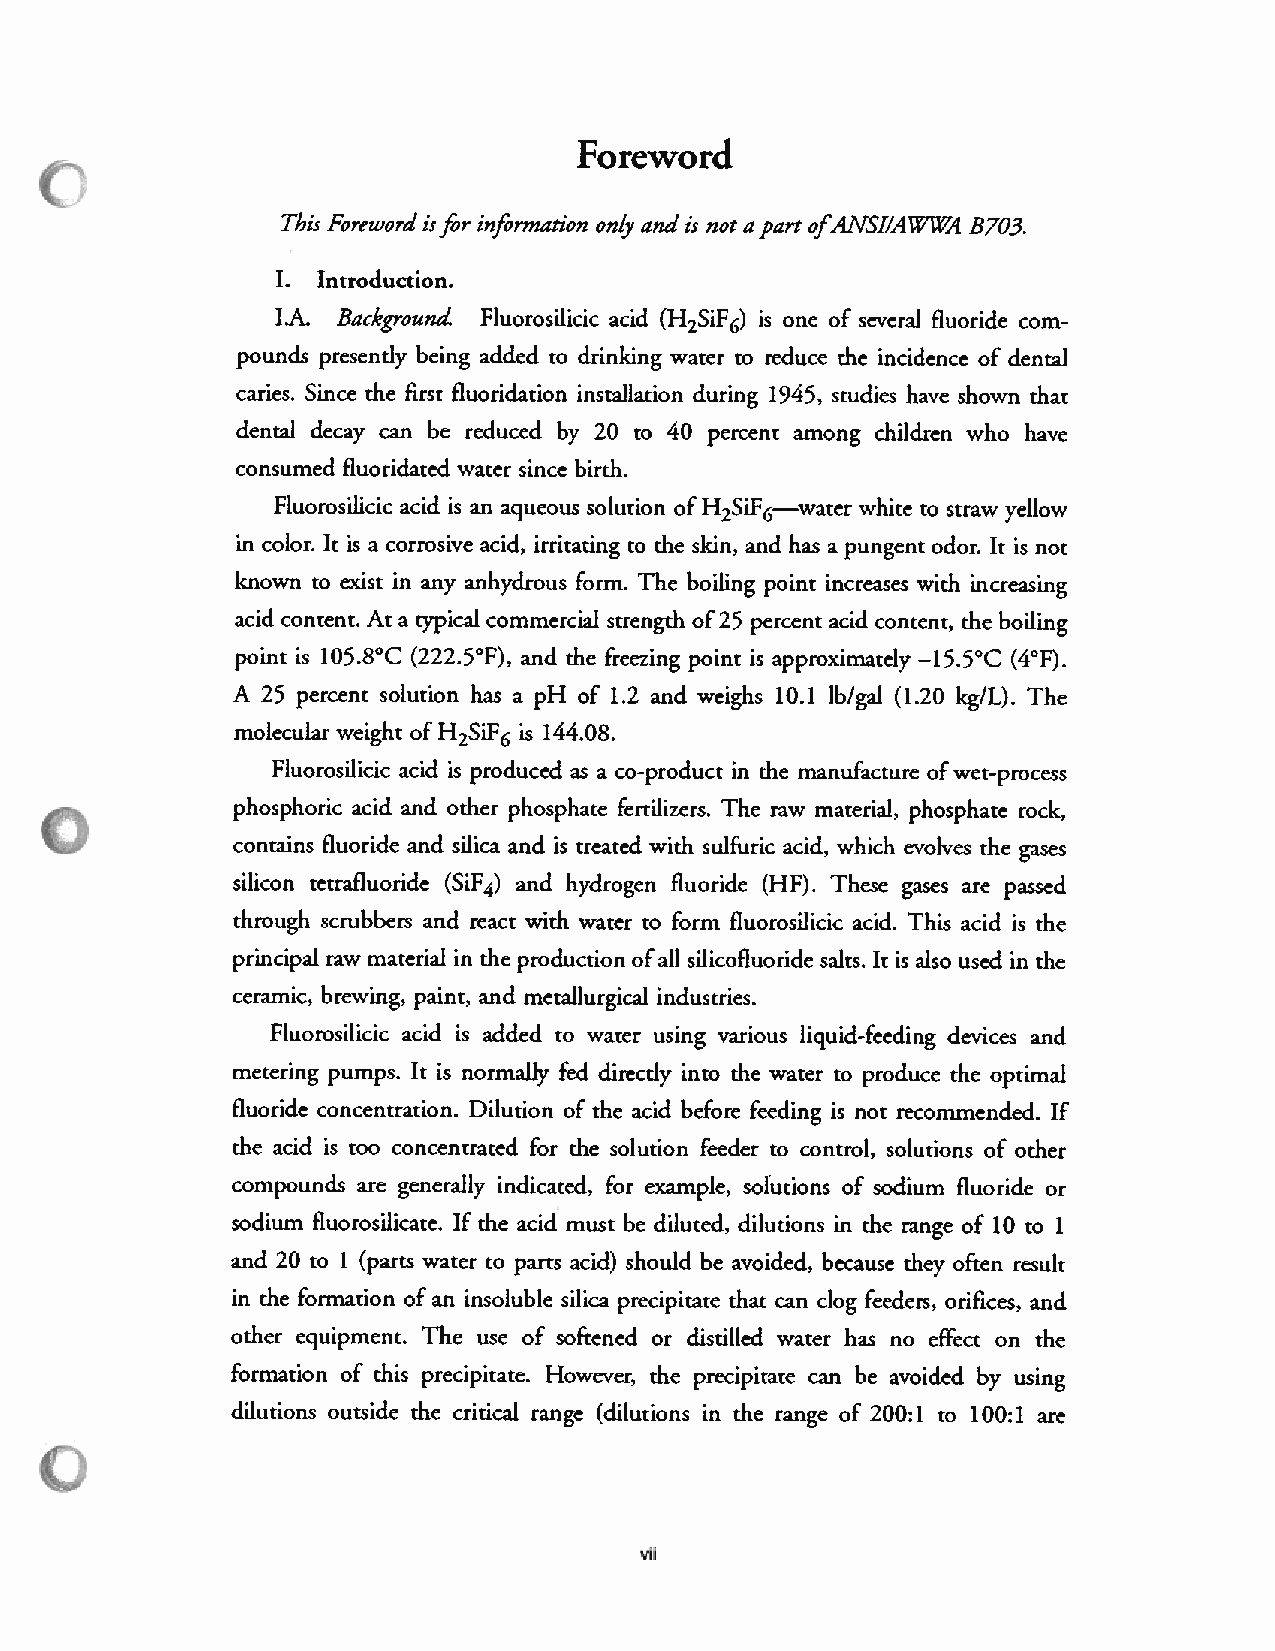
Foreword
 This Foreword isfor information only and is not apart ofANSJ/AWWA B703.
 I. Introduction.
 l.A. Background. Fluorosilicic acid (2S6)HiF is one of several fluoride com
 pounds presently being added to drinking water to reduce the incidence of dental
 caries. Since the first fluoridation installation during 1945, studies have shown that
 dental decay can be reduced by 20 to 40 percent among children who have
 consumed fluoridated water since birth.
 Fluorosilicic acid is an aqueous solution of H7S6—wiaFter white to straw yellow
 in color. It is a corrosive acid, irritating to the skin, and has a pungent odor. It is not
 known to exist in any anhydrous form. The boiling point increases with increasing
 acid content. At a typical commercial strength of25 percent acid content, the boiling
 point is 105.8°C (222.5°F), and the freezing point is approximately —15.5°C (4°F).
 A 25 percent solution has a pH of 1.2 and weighs 10.1 lb/gal (1.20 kg/L). The
 molecular weight of H2S6iF is 144.08.
 Fluorosilicic acid is produced as a co-product in the manufacture ofwet-process
 phosphoric acid and other phosphate fertilizers. The raw material, phosphate rock,
 contains fluoride and silica and is treated with sulfuric acid, which evo(ves the gases
 silicon tetrafluoride (4)SiF and hydrogen fluoride (HF). These gases are passed
 through scrubbers and react with water to form fluorosilicic acid. This acid is the
 principal raw material in the production ofall silicofluoride salts. It is also used in the
 ceramic, brewing, paint, and metallurgical industries.
 Fluorosilicic acid is added to water using various liquid-feeding devices and
 metering pumps. It is normally fed directly into the water to produce the optimal
 fluoride concentration. Dilution of the acid before feeding is not recommended. If
 the acid is too concentrated for the solution feeder to control, solutions of other
 compounds are generally indicated, for example, solutions of sodium fluoride or
 sodium fluorosilicate. If the acid must be diluted, dilutions in the range of 10 to 1
 and 20 to 1 (parts water to parts acid) should be avoided, because they often result
 in the formation of an insoluble silica precipitate that can clog feeders, orifices, and
 other equipment. The use of softened or distilled water has no effect on the
 formation of this precipitate. However, the precipitate can be avoided by using
 dilutions outside the critical range (dilutions in the range of 200:1 to 100:1 are
 vU